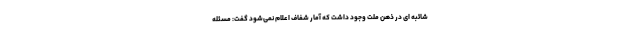
شائبه ای در ذهن ملت وجود داشت که آمار شفاف اعلام نمی‌شود گفت: مسئله